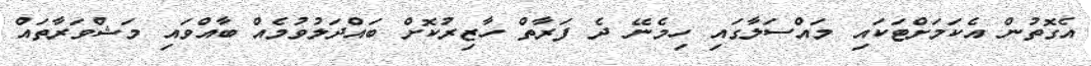
އެގޮތުން އެކަމަށްޓަކައި މައްސަލާގައި ހިމެނޭ ދެ ފަރާތް ހާޒިރުކޮށް ބައްދަލުވުމެއް ބާއްވައި މަޝްވަރާތައް